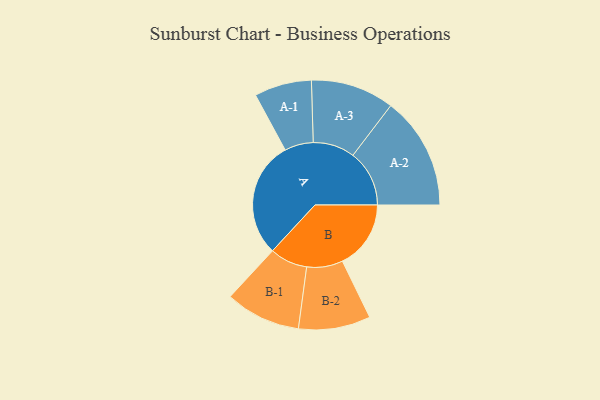
{"axis": {"x": "Segment", "y": "Value"}, "legend": ["", "A", "B"], "data": [{"x": "A", "y": 491, "type": ""}, {"x": "B", "y": 289, "type": ""}, {"x": "A-1", "y": 121, "type": "A"}, {"x": "A-2", "y": 238, "type": "A"}, {"x": "A-3", "y": 176, "type": "A"}, {"x": "B-1", "y": 159, "type": "B"}, {"x": "B-2", "y": 152, "type": "B"}]}